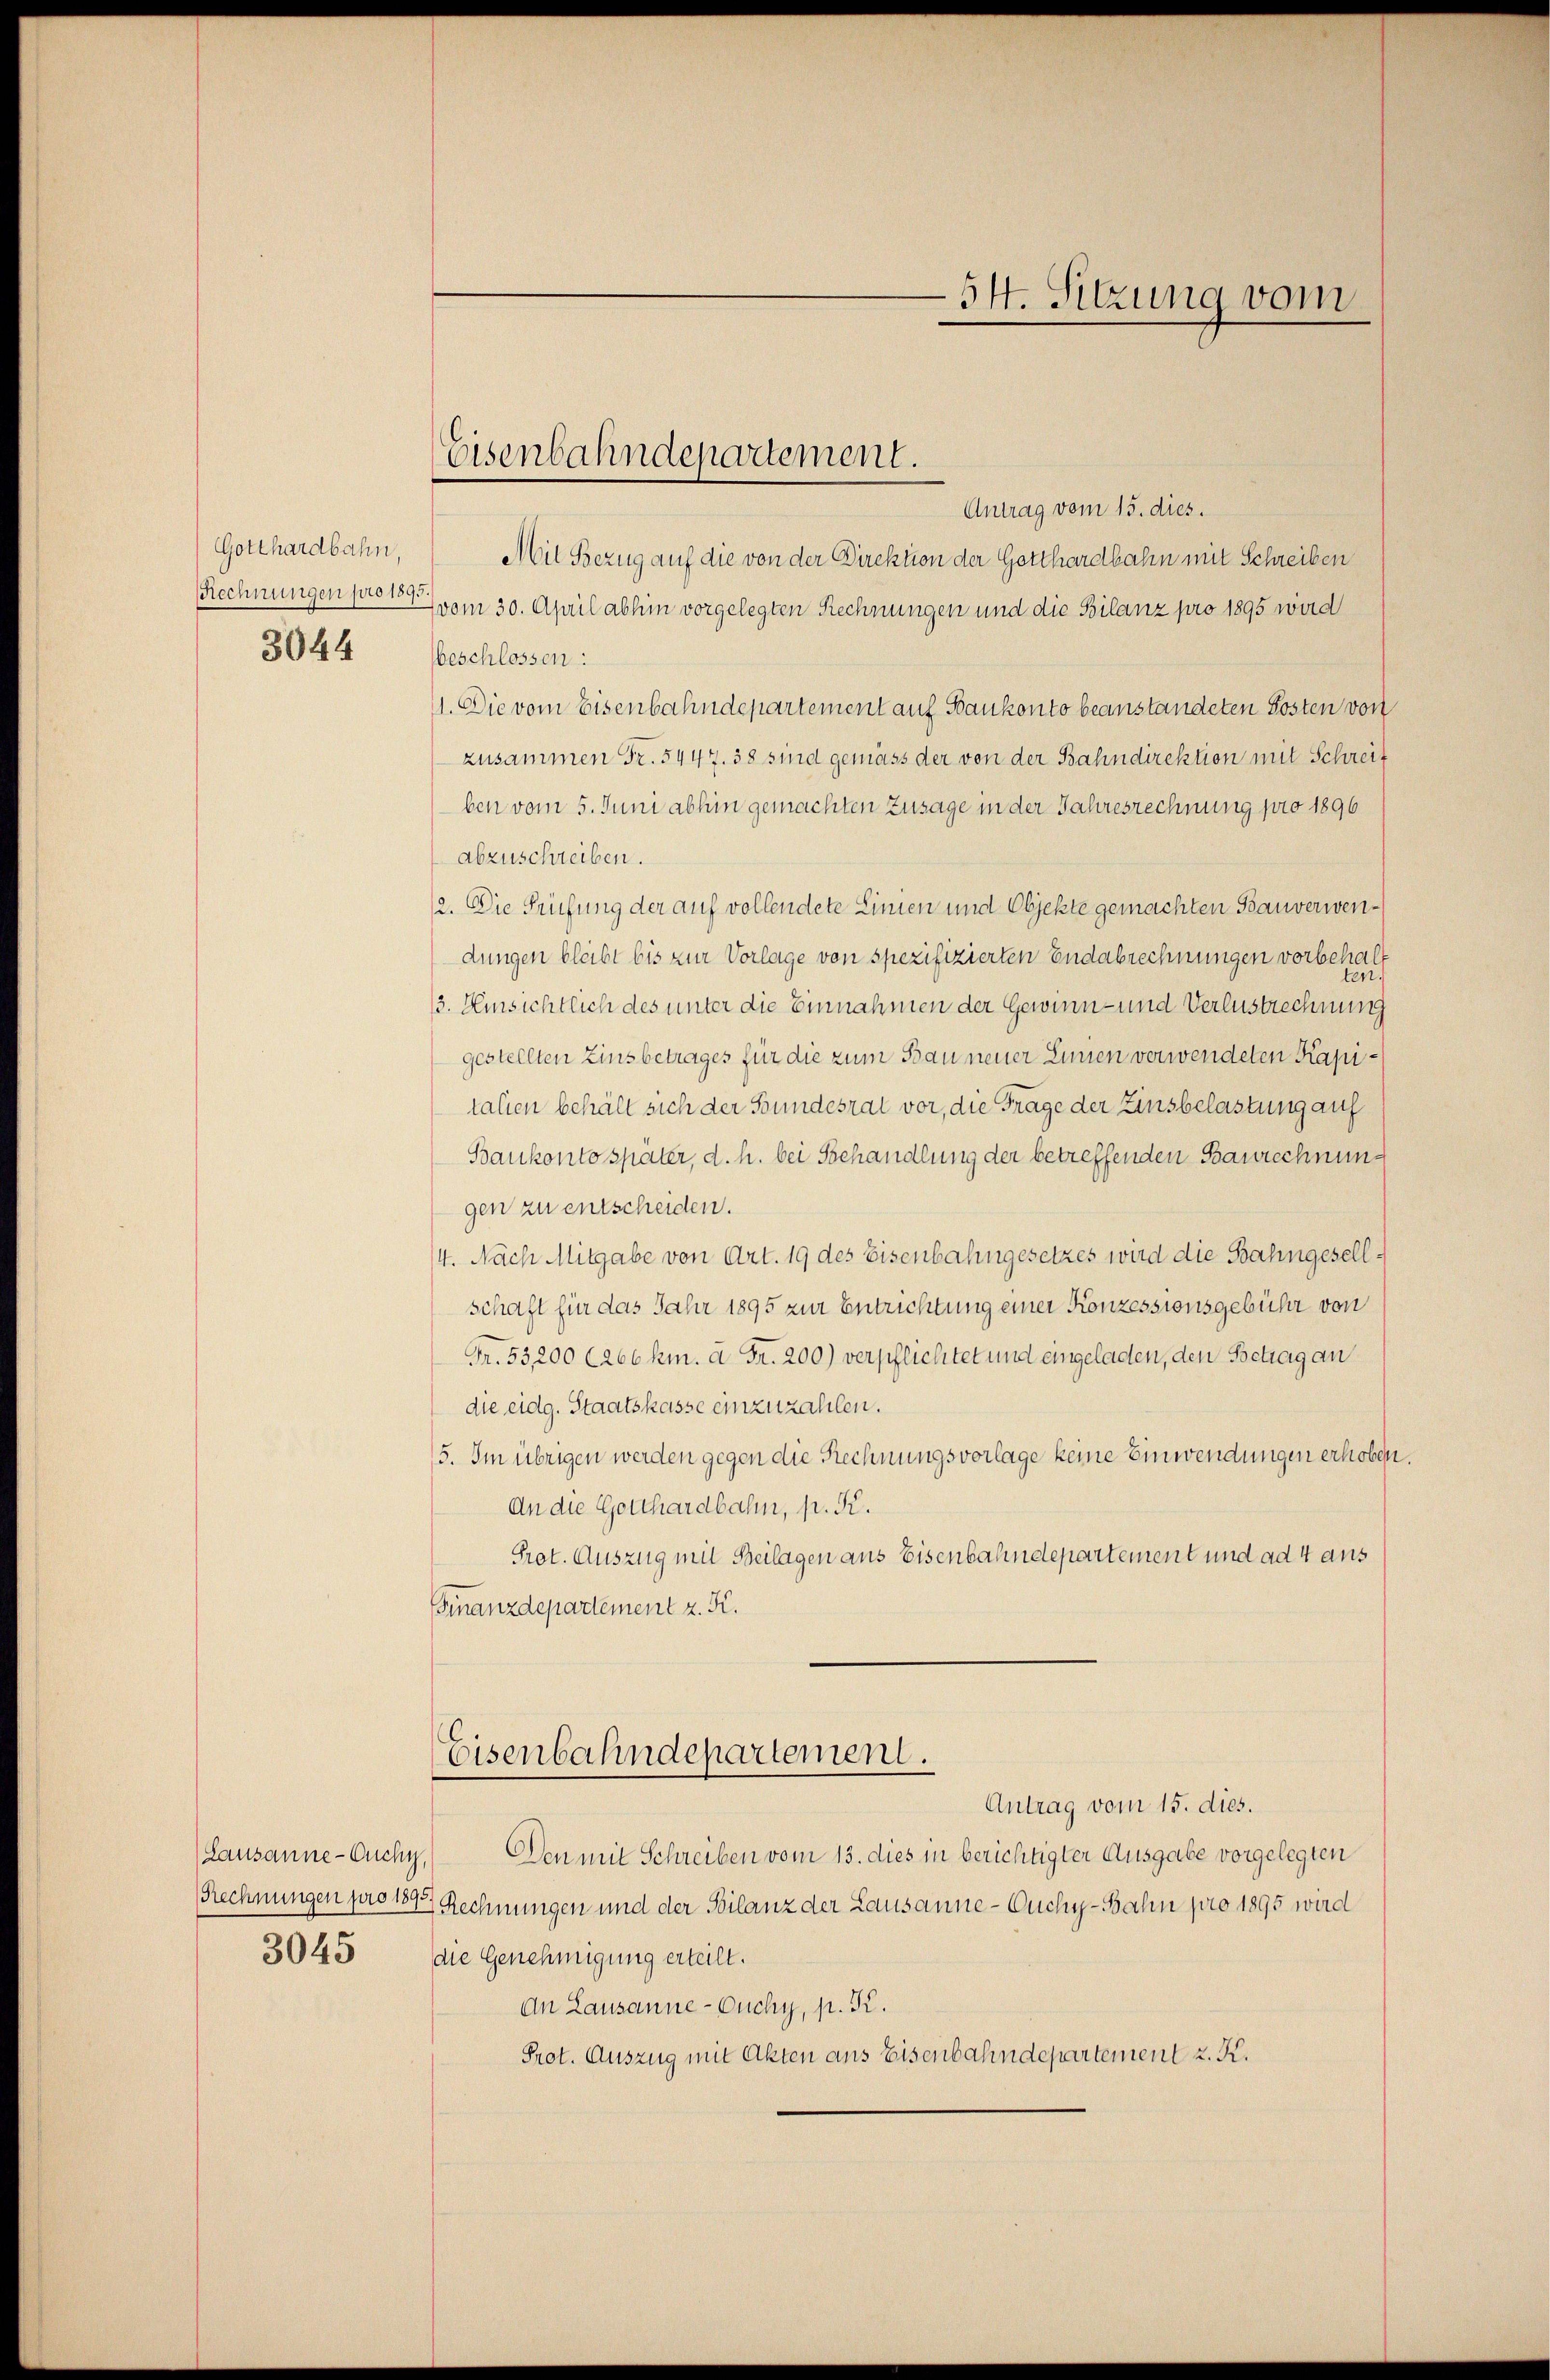
Gotthardbahn,
RRechnungen pro 1895.
3044

3045

Antrag vom 15. dies.
Mit Bezug auf die von der Direktion der Gotthardbahn mit Schreiben
(vom 30. April abhin vorgelegten Rechnungen und die Bilanz pro 1895 wird
beschlossen:
41. Die vom Eisenbahndepartement auf Bankonto beanstandeten Posten von
zusammen Fr. 5447. 38 sind gemäss der von der Bahndirektion mit Schreit
ben vom 5. Juni abhin gemachten Zusage in der Jahresrechnung pro 1896
abzuschreiben.
e. Die Prüfung der auf vollendete Linien und Objekte gemachten Bauverwendungen bleibt bis zur Vorlage von spezifizierten Endabrechnungen vorbehal
n
3. Einsichtlich des unter die Einnahmen der Gewinn- und Verlustrechnung
gestellten Zinsbetrages für die zum Bau neuer Linien verwendeten Kapitalien behält sich der Bundesrat vor, die Frage der Zinsbelastung auf
Baukonto später, d. h. bei Behandlung der betreffenden Baurechnungen zu entscheiden.
4. Nach Mitgabe von Art. 19 des Eisenbahngesetzes wird die Bahngesellschaft für das Jahr 1895 zur Entrichtung einer Konzessionsgebühr von
Fr. 53200 (266 km. à Fr. 200) verpflichtet und eingeladen, den Betrag an
die eidg. Staatskasse einzuzahlen.
5. Im übrigen werden gegen die Rechnungsvorlage keine Einwendungen erhoben.
An die Gotthardbahn, p. K.
Prot. Auszug mit Beilagen aus Eisenbahndepartement und ad 4 aus
Finanzdepartement z. F.
Eisenbahndepartement.
Antrag vom 15. dies.
(Lausanne-Ouchy) Den mit Schreiben vom 13. dies in berichtigter Ausgabe vorgelegten
Rechnungen pro 1892 Rechnungen und der Bilanz der Lausanne - Ouchy-Bahn pro 1895 wird
die Genehmigung erteilt.
An Lausanne-Ouchy, p. K.
Prot. Auszug mit Akten ans Eisenbahndepartement z. K.

Eisenbahndepartement.

54. Sitzung vom